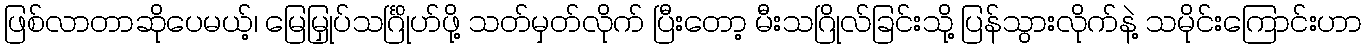
ဖြစ်လာတာဆိုပေမယ့်၊ မြေမြှုပ်သင်္ဂြိုဟ်ဖို့ သတ်မှတ်လိုက် ပြီးတော့ မီးသဂြိုလ်ခြင်းသို့ ပြန်သွားလိုက်နဲ့ သမိုင်းကြောင်းဟာ